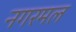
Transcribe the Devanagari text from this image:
नगरमल